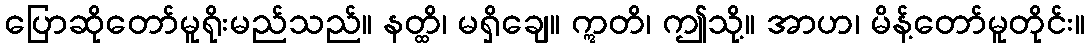
ပြောဆိုတော်မူရိုးမည်သည်။ နတ္ထိ၊ မရှိချေ။ ဣတိ၊ ဤသို့။ အာဟ၊ မိန့်တော်မူတိုင်း။